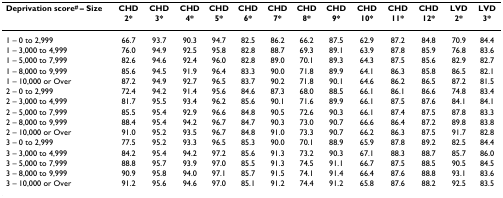
<table><thead><tr><td><b>Deprivation score<sup># </sup>– Size</b></td><td><b>CHD2*</b></td><td><b>CHD3*</b></td><td><b>CHD4*</b></td><td><b>CHD5*</b></td><td><b>CHD6*</b></td><td><b>CHD7*</b></td><td><b>CHD8*</b></td><td><b>CHD9*</b></td><td><b>CHD10*</b></td><td><b>CHD11*</b></td><td><b>CHD12*</b></td><td><b>LVD2*</b></td><td><b>LVD3*</b></td></tr></thead><tbody><tr><td>1 – 0 to 2,999</td><td>66.7</td><td>93.7</td><td>90.3</td><td>94.7</td><td>82.5</td><td>86.2</td><td>66.2</td><td>87.5</td><td>62.9</td><td>87.2</td><td>84.8</td><td>70.9</td><td>84.4</td></tr><tr><td>1 – 3,000 to 4,999</td><td>76.0</td><td>94.9</td><td>92.5</td><td>95.8</td><td>82.8</td><td>88.7</td><td>69.3</td><td>89.1</td><td>63.9</td><td>87.8</td><td>85.9</td><td>76.8</td><td>83.6</td></tr><tr><td>1 – 5,000 to 7,999</td><td>82.6</td><td>94.6</td><td>92.4</td><td>96.0</td><td>82.8</td><td>89.0</td><td>70.1</td><td>89.3</td><td>64.3</td><td>87.5</td><td>85.6</td><td>82.9</td><td>82.7</td></tr><tr><td>1 – 8,000 to 9,999</td><td>85.6</td><td>94.5</td><td>91.9</td><td>96.4</td><td>83.3</td><td>90.0</td><td>71.8</td><td>89.9</td><td>64.1</td><td>86.3</td><td>85.8</td><td>86.5</td><td>82.1</td></tr><tr><td>1 – 10,000 or Over</td><td>87.2</td><td>94.9</td><td>92.7</td><td>96.5</td><td>83.7</td><td>90.2</td><td>71.8</td><td>90.1</td><td>64.6</td><td>86.2</td><td>86.5</td><td>87.2</td><td>81.5</td></tr><tr><td>2 – 0 to 2,999</td><td>72.4</td><td>94.2</td><td>91.4</td><td>95.6</td><td>84.6</td><td>87.3</td><td>68.0</td><td>88.5</td><td>66.1</td><td>86.1</td><td>86.6</td><td>74.8</td><td>83.4</td></tr><tr><td>2 – 3,000 to 4,999</td><td>81.7</td><td>95.5</td><td>93.4</td><td>96.2</td><td>85.6</td><td>90.1</td><td>71.6</td><td>89.9</td><td>66.1</td><td>87.5</td><td>87.6</td><td>84.1</td><td>84.1</td></tr><tr><td>2 – 5,000 to 7,999</td><td>85.5</td><td>95.4</td><td>92.9</td><td>96.6</td><td>84.8</td><td>90.5</td><td>72.6</td><td>90.3</td><td>66.1</td><td>87.4</td><td>87.5</td><td>87.8</td><td>83.3</td></tr><tr><td>2 – 8,000 to 9,999</td><td>88.4</td><td>95.4</td><td>94.2</td><td>96.7</td><td>84.7</td><td>90.3</td><td>73.0</td><td>90.7</td><td>66.6</td><td>86.4</td><td>87.2</td><td>89.8</td><td>83.8</td></tr><tr><td>2 – 10,000 or Over</td><td>91.0</td><td>95.2</td><td>93.5</td><td>96.7</td><td>84.8</td><td>91.0</td><td>73.3</td><td>90.7</td><td>66.2</td><td>86.3</td><td>87.5</td><td>91.7</td><td>82.8</td></tr><tr><td>3 – 0 to 2,999</td><td>77.5</td><td>95.2</td><td>93.3</td><td>96.5</td><td>85.3</td><td>90.0</td><td>70.1</td><td>88.9</td><td>65.9</td><td>87.8</td><td>89.2</td><td>82.5</td><td>84.4</td></tr><tr><td>3 – 3,000 to 4,999</td><td>84.2</td><td>95.4</td><td>94.2</td><td>97.2</td><td>85.6</td><td>91.3</td><td>73.2</td><td>90.3</td><td>67.1</td><td>88.3</td><td>88.7</td><td>85.7</td><td>86.0</td></tr><tr><td>3 – 5,000 to 7,999</td><td>88.8</td><td>95.7</td><td>93.9</td><td>97.0</td><td>85.5</td><td>91.3</td><td>74.5</td><td>91.1</td><td>66.7</td><td>87.5</td><td>88.5</td><td>90.5</td><td>84.5</td></tr><tr><td>3 – 8,000 to 9,999</td><td>90.9</td><td>95.8</td><td>94.0</td><td>97.1</td><td>85.7</td><td>91.5</td><td>74.1</td><td>91.4</td><td>66.4</td><td>87.6</td><td>88.8</td><td>93.1</td><td>83.6</td></tr><tr><td>3 – 10,000 or Over</td><td>91.2</td><td>95.6</td><td>94.6</td><td>97.0</td><td>85.1</td><td>91.2</td><td>74.4</td><td>91.2</td><td>65.8</td><td>87.6</td><td>88.2</td><td>92.5</td><td>83.5</td></tr></tbody></table>